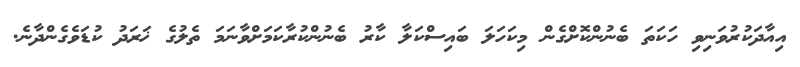
އިއާދަކުރުވަނިވި ހަކަތަ ބެނުންކޮށްގެން މިކަހަލަ ބައިސްކަލާ ކާރު ބެނުންކުރާކަމަށްވާނަމަ ތެލުގެ ޚަރަދު ކުޑަވެގެންދާނެ.